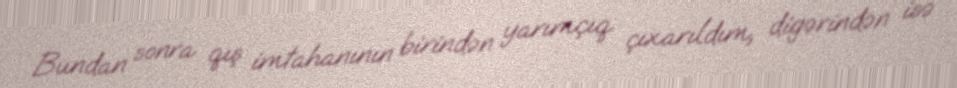
Bundan sonra qış imtahanının birindən yarımçıq çıxarıldım, digərindən isə